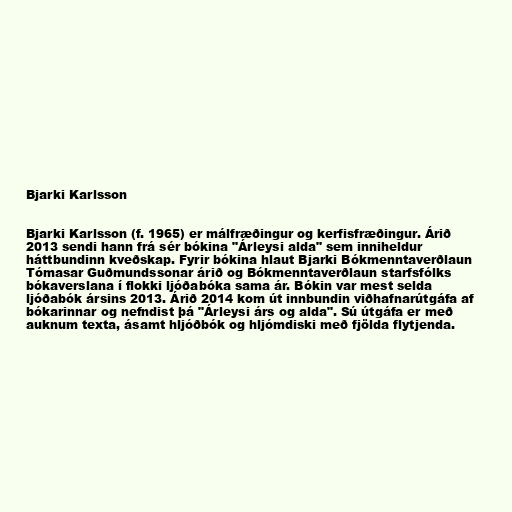
Bjarki Karlsson

Bjarki Karlsson (f. 1965) er málfræðingur og kerfisfræðingur. Árið
2013 sendi hann frá sér bókina "Árleysi alda" sem inniheldur
háttbundinn kveðskap. Fyrir bókina hlaut Bjarki Bókmenntaverðlaun
Tómasar Guðmundssonar árið og Bókmenntaverðlaun starfsfólks
bókaverslana í flokki ljóðabóka sama ár. Bókin var mest selda
ljóðabók ársins 2013. Árið 2014 kom út innbundin viðhafnarútgáfa af
bókarinnar og nefndist þá "Árleysi árs og alda". Sú útgáfa er með
auknum texta, ásamt hljóðbók og hljómdiski með fjölda flytjenda.